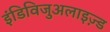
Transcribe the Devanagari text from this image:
इंडिविजुअलाइज़्ड